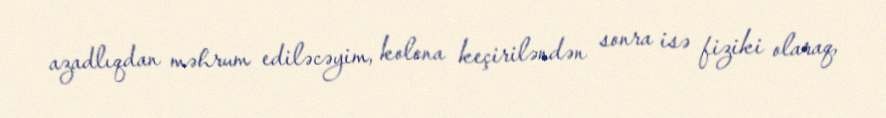
azadlıqdan məhrum ediləcəyim, kolona keçiriləndən sonra isə fiziki olaraq,